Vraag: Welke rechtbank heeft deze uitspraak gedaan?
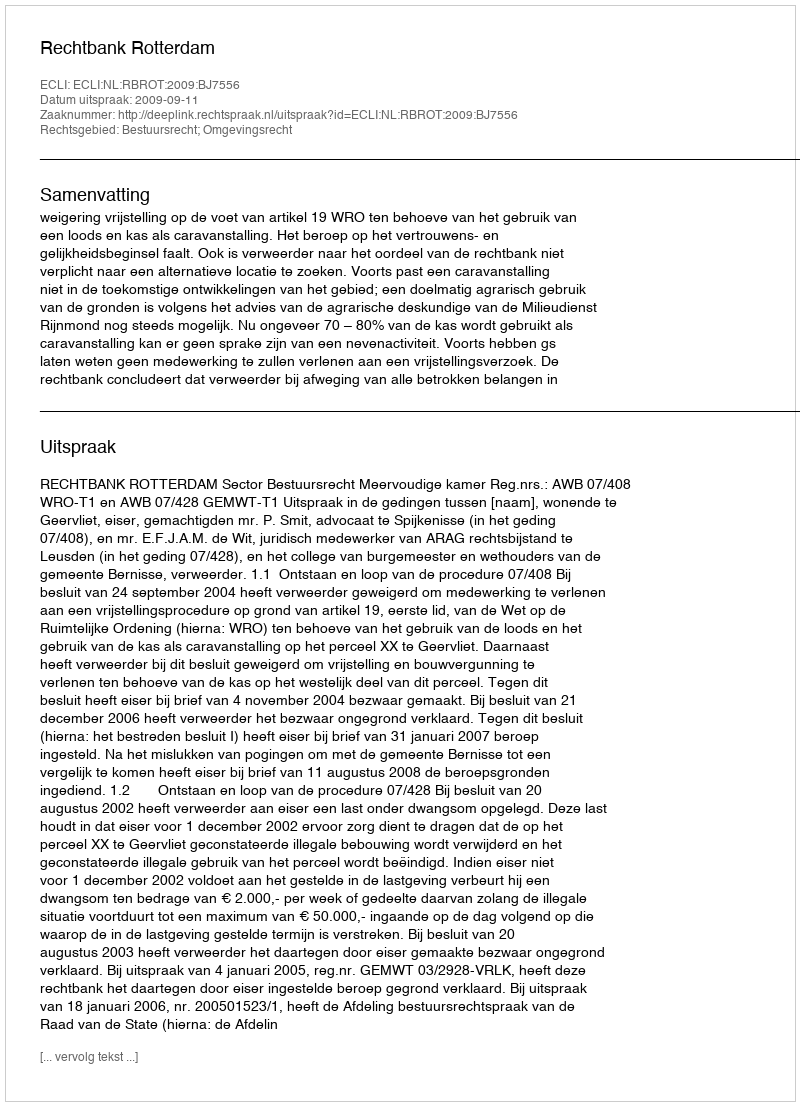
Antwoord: Rechtbank Rotterdam